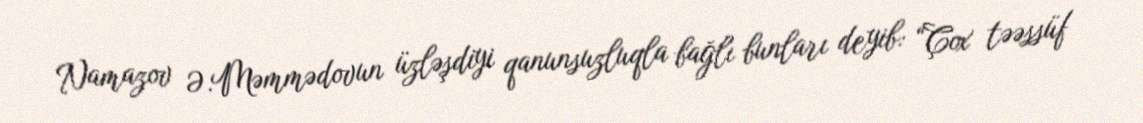
Namazov Ə.Məmmədovun üzləşdiyi qanunsuzluqla bağlı bunları deyib: “Çox təəssüf